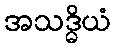
အသဒ္ဓိယံ